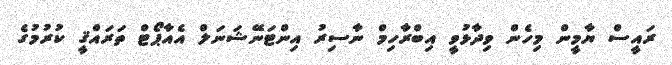
ރައީސް ޔާމީން މިހެން ވިދާޅުވީ އިބްރާހިމް ނާސިރު އިންޓަނޭޝަނަލް އެއާޕޯޓް ތަރައްޤީ ކުރުމުގެ